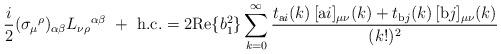
LaTeX: \begin{align*}\frac{i}2 (\sigma_{\mu}{}^{\rho})_{\alpha\beta}L_{\nu\rho}{}^{\alpha\beta} \ + \ \mathrm{h.c.} =2 \mbox{Re}\{b_1^2\} \sum_{k=0}^\infty \frac{t_{\mathrm{a}i}(k) \, [\mbox{a$i$}]_{\mu\nu}{}(k) + t_{\mathrm{b}j}(k) \, [\mbox{b$j$}]_{\mu\nu}{}(k)}{(k!)^2}\end{align*}